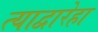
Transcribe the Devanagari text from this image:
त्याद्वारेहा